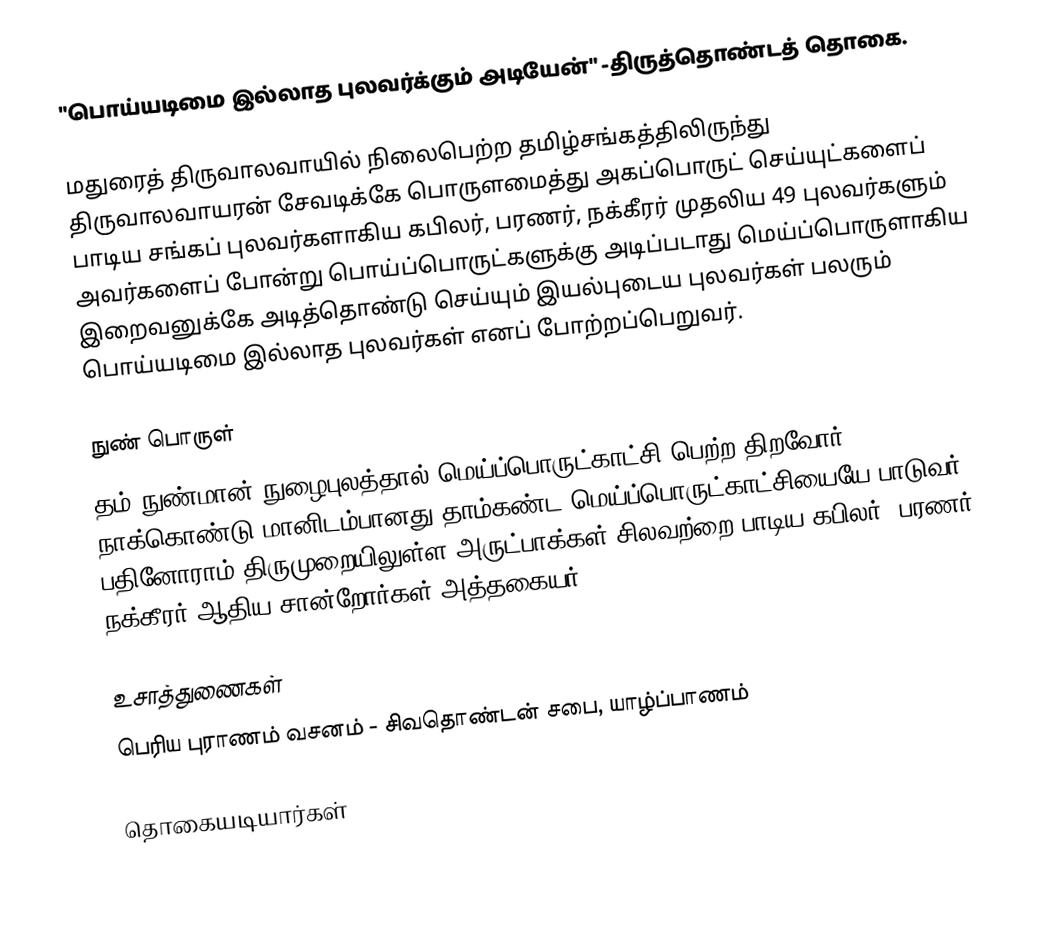
"பொய்யடிமை இல்லாத புலவர்க்கும் அடியேன்" -திருத்தொண்டத் தொகை.

மதுரைத் திருவாலவாயில் நிலைபெற்ற தமிழ்சங்கத்திலிருந்து திருவாலவாயரன் சேவடிக்கே பொருளமைத்து அகப்பொருட் செய்யுட்களைப் பாடிய சங்கப் புலவர்களாகிய கபிலர், பரணர், நக்கீரர் முதலிய 49 புலவர்களும் அவர்களைப் போன்று பொய்ப்பொருட்களுக்கு அடிப்படாது மெய்ப்பொருளாகிய இறைவனுக்கே அடித்தொண்டு செய்யும் இயல்புடைய புலவர்கள் பலரும் பொய்யடிமை இல்லாத புலவர்கள் எனப் போற்றப்பெறுவர்.

நுண் பொருள்
தம் நுண்மான் நுழைபுலத்தால் மெய்ப்பொருட்காட்சி பெற்ற திறவோர் நாக்கொண்டு மானிடம்பானது தாம்கண்ட மெய்ப்பொருட்காட்சியையே பாடுவர் பதினோராம் திருமுறையிலுள்ள அருட்பாக்கள் சிலவற்றை பாடிய கபிலர், பரணர், நக்கீரர் ஆதிய சான்றோர்கள் அத்தகையர்.

உசாத்துணைகள்
பெரிய புராணம் வசனம் - சிவதொண்டன் சபை, யாழ்ப்பாணம்

தொகையடியார்கள்